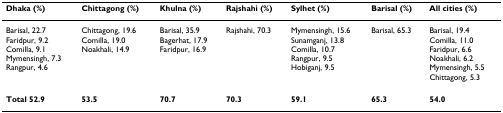
<table><thead><tr><td><b>Dhaka (%)</b></td><td><b>Chittagong (%)</b></td><td><b>Khulna (%)</b></td><td><b>Rajshahi (%)</b></td><td><b>Sylhet (%)</b></td><td><b>Barisal (%)</b></td><td><b>All cities (%)</b></td></tr></thead><tbody><tr><td>Barisal, 22.7Faridpur, 9.2Comilla, 9.1Mymensingh, 7.3Rangpur, 4.6</td><td>Chittagong, 19.6Comilla, 19.0Noakhali, 14.9</td><td>Barisal, 35.9Bagerhat, 17.9Faridpur, 16.9</td><td>Rajshahi, 70.3</td><td>Mymensingh, 15.6Sunamganj, 13.8Comilla, 10.7Rangpur, 9.5Hobiganj, 9.5</td><td>Barisal, 65.3</td><td>Barisal, 19.4Comilla, 11.0Faridpur, 6.6Noakhali, 6.2Mymensingh, 5.5Chittagong, 5.3</td></tr><tr><td><b>Total 52.9</b></td><td><b>53.5</b></td><td><b>70.7</b></td><td><b>70.3</b></td><td><b>59.1</b></td><td><b>65.3</b></td><td><b>54.0</b></td></tr></tbody></table>